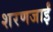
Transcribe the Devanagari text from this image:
शरणजाईं